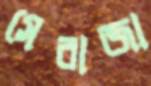
সেরাজা